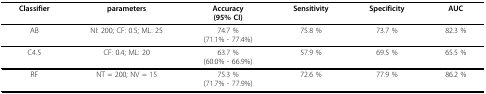
| Classifier | parameters | Accuracy(95% CI) | Sensitivity | Specificity | AUC |
 | --- | --- | --- | --- | --- | --- |
 | AB | NI: 200; CF: 0.5; ML: 25 | 74.7 %(71.1% - 77.4%) | 75.8 % | 73.7 % | 82.3 % |
 | C4.5 | CF: 0.4; ML: 20 | 63.7 %(60.0% - 66.9%) | 57.9 % | 69.5 % | 65.5 % |
 | RF | NT = 200; NV = 15 | 75.3 %(71.7% - 77.9%) | 72.6 % | 77.9 % | 86.2 % |